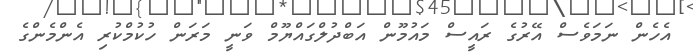
އެހެން ނަމަވެސް އޭރުގެ ރައީސް މައުމޫން އަބްދުލްގައްޔޫމް ވަނީ މަރަން ހުކުމްކުރި އެންމެންގެ